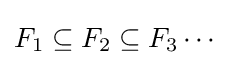
F_{1}\subseteq F_{2}\subseteq F_{3}\cdots